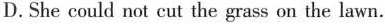
D. She could not cut the grass on the lawn.